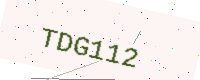
Text: TDG112